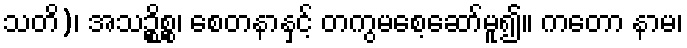
သတိ)၊ အသဉ္စိစ္စ၊ စေတနာနှင့် တကွမစေ့ဆော်မူ၍။ ကတော နာမ၊